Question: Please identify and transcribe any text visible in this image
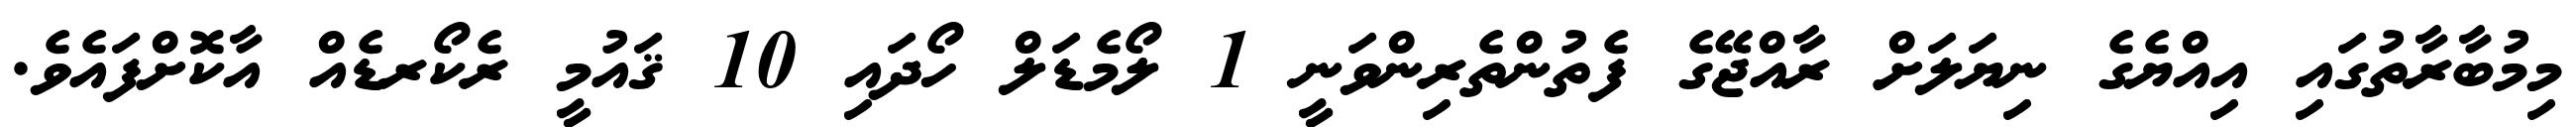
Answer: މިމުބާރާތުގައި އިއްޔެގެ ނިޔަލަށް ރާއްޖޭގެ ފެތުންތެރިންވަނީ 1 ލޯމެޑަލް ހޯދައި 10 ޤައުމީ ރެކޯރޑެއް އާކޮށްފައެވެ.